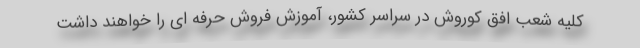
کلیه شعب افق کوروش در سراسر کشور، آموزش فروش حرفه ای را خواهند داشت